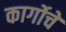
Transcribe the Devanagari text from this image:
कार्गोचे